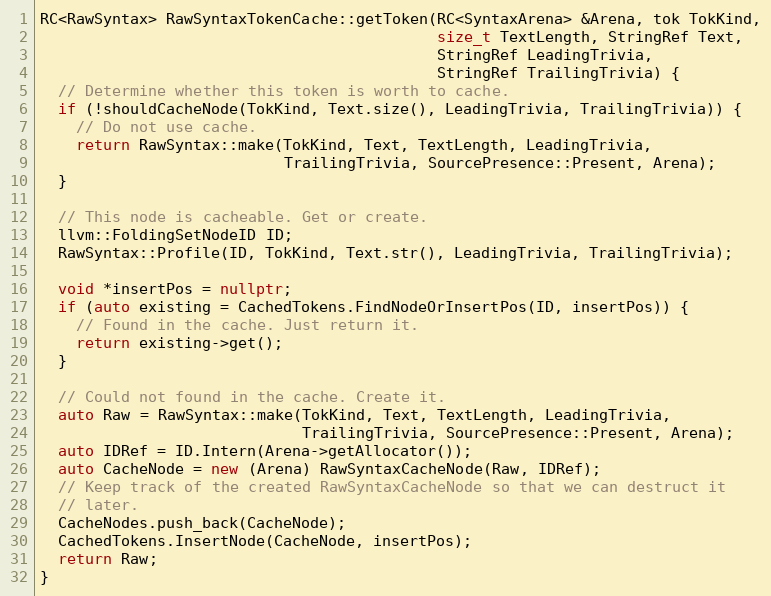
Language: C++
RC<RawSyntax> RawSyntaxTokenCache::getToken(RC<SyntaxArena> &Arena, tok TokKind,
                                            size_t TextLength, StringRef Text,
                                            StringRef LeadingTrivia,
                                            StringRef TrailingTrivia) {
  // Determine whether this token is worth to cache.
  if (!shouldCacheNode(TokKind, Text.size(), LeadingTrivia, TrailingTrivia)) {
    // Do not use cache.
    return RawSyntax::make(TokKind, Text, TextLength, LeadingTrivia,
                           TrailingTrivia, SourcePresence::Present, Arena);
  }

  // This node is cacheable. Get or create.
  llvm::FoldingSetNodeID ID;
  RawSyntax::Profile(ID, TokKind, Text.str(), LeadingTrivia, TrailingTrivia);

  void *insertPos = nullptr;
  if (auto existing = CachedTokens.FindNodeOrInsertPos(ID, insertPos)) {
    // Found in the cache. Just return it.
    return existing->get();
  }

  // Could not found in the cache. Create it.
  auto Raw = RawSyntax::make(TokKind, Text, TextLength, LeadingTrivia,
                             TrailingTrivia, SourcePresence::Present, Arena);
  auto IDRef = ID.Intern(Arena->getAllocator());
  auto CacheNode = new (Arena) RawSyntaxCacheNode(Raw, IDRef);
  // Keep track of the created RawSyntaxCacheNode so that we can destruct it
  // later.
  CacheNodes.push_back(CacheNode);
  CachedTokens.InsertNode(CacheNode, insertPos);
  return Raw;
}